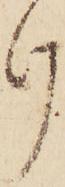
け